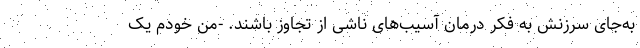
به‌جای سرزنش به فکر درمان آسیب‌های ناشی از تجاوز باشند. -من خودم یک